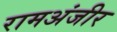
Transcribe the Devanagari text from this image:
रामअंजीर